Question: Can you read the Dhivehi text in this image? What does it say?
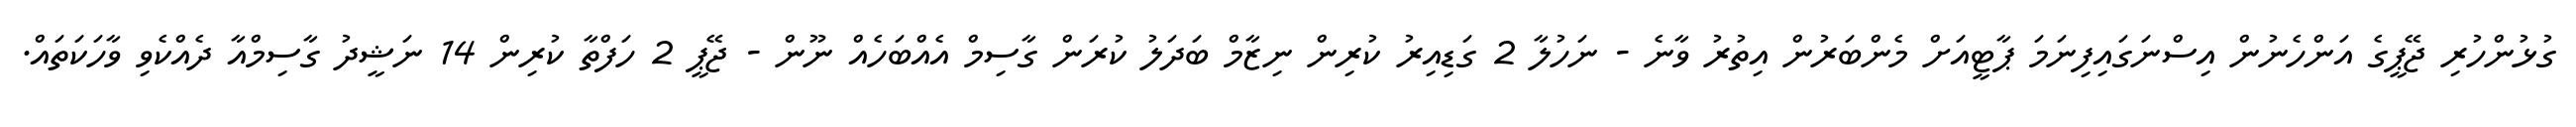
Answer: ގުޅުންހުރި ޖޭޕީގެ އަންހެނުން އިސްނަގައިފިނަމަ ޕާޓީއަށް މެންބަރުން އިތުރު ވާނެ - ނަހުލާ 2 ގަޑިއިރު ކުރިން ނިޒާމް ބަދަލު ކުރަން ގާސިމް އެއްބަހެއް ނޫން - ޖޭޕީ 2 ހަފްތާ ކުރިން 14 ނަޝީދު ގާސިމްއާ ދެއްކެވި ވާހަކަތައް.